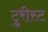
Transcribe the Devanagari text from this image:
टुरीस्ट